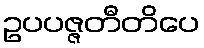
ဥပပဇ္ဇတီတိပေ